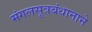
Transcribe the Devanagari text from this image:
मंगलसूत्रबंधानाने